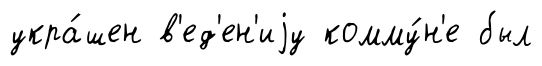
укра́шен в'ед'ен'иjу комму́н'е был